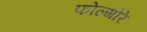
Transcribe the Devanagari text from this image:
फोल्गोरे